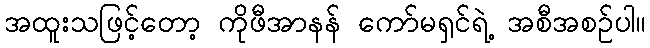
အထူးသဖြင့်တော့ ကိုဖီအာနန် ကော်မရှင်ရဲ့ အစီအစဉ်ပါ။